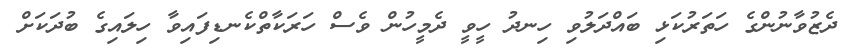
ދެޒުވާނުންގެ ހަތަރުކަޅި ބައްދަލުވި ހިނދު ހީވީ ދެމީހުން ވެސް ހަރަކާތްކެނޑިފައިވާ ހިލައިގެ ބުދަކަށް